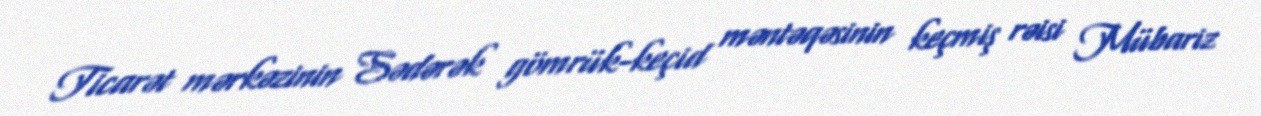
Ticarət mərkəzinin Sədərək gömrük-keçid məntəqəsinin keçmiş rəisi Mübariz